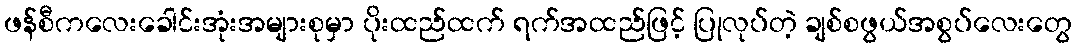
ဖန်စီကလေးခေါင်းအုံးအများစုမှာ ပိုးထည်ထက် ရက်အထည်ဖြင့် ပြုလုပ်တဲ့ ချစ်စဖွယ်အစွပ်လေးတွေ